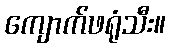
ကျောက်ဖရုံသီး။